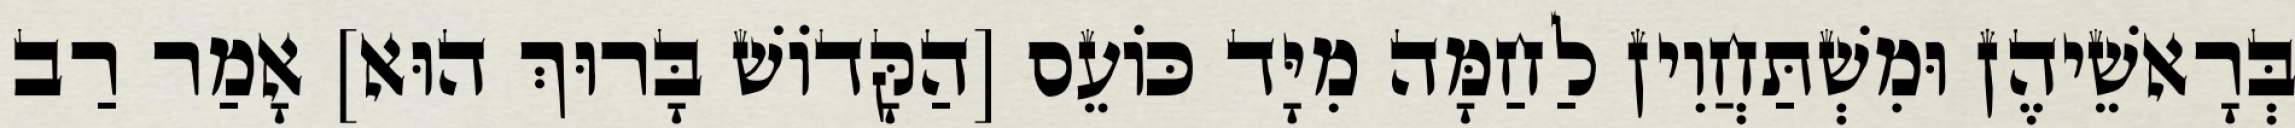
בְּרָאשֵׁיהֶן וּמִשְׁתַּחֲוִין לַחַמָּה מִיָּד כּוֹעֵס [הַקָּדוֹשׁ בָּרוּךְ הוּא] אָמַר רַב